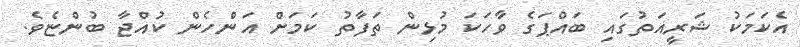
އެކަމަކު ޝަރީއަތުގައި ބައްޕަގެ ވާހަކަ މުޅިން ތަފާތު ކަމަށް އަންހެން ކުއްޖާ ބުންޏެވެ.